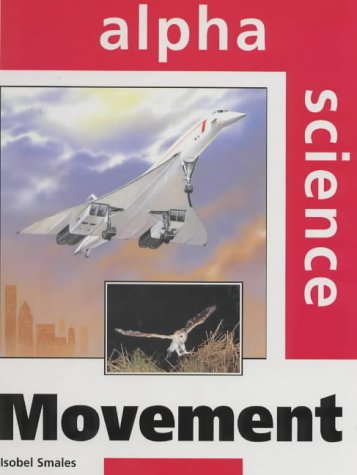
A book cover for Movement (Alpha Science Series); Isobel Smales; Teen & Young Adult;